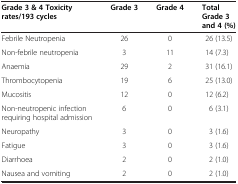
| Grade 3 & 4 Toxicity rates/193 cycles | Grade 3 | Grade 4 | Total Grade 3 and 4 (%) |
 | --- | --- | --- | --- |
 | Febrile Neutropenia | 26 | 0 | 26 (13.5) |
 | Non-febrile neutropenia | 3 | 11 | 14 (7.3) |
 | Anaemia | 29 | 2 | 31 (16.1) |
 | Thrombocytopenia | 19 | 6 | 25 (13.0) |
 | Mucositis | 12 | 0 | 12 (6.2) |
 | Non-neutropenic infection requiring hospital admission | 6 | 0 | 6 (3.1) |
 | Neuropathy | 3 | 0 | 3 (1.6) |
 | Fatigue | 3 | 0 | 3 (1.6) |
 | Diarrhoea | 2 | 0 | 2 (1.0) |
 | Nausea and vomiting | 2 | 0 | 2 (1.0) |